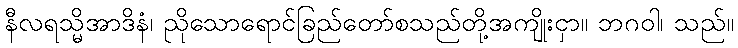
နီလရသ္မိအာဒိနံ၊ ညိုသောရောင်ခြည်တော်စသည်တို့အကျိုးငှာ။ ဘဂဝါ၊ သည်။